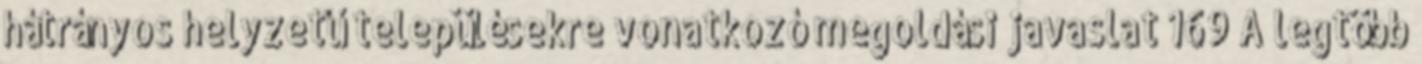
hátrányos helyzetű településekre vonatkozó megoldási javaslat 169 A legtöbb